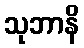
သုဘာနိ